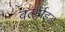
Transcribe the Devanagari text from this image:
वर्ल्ड्वाइड